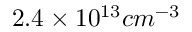
2 . 4 \times 1 0 ^ { 1 3 } c m ^ { - 3 }